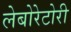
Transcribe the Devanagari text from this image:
लेबोरेटोरी